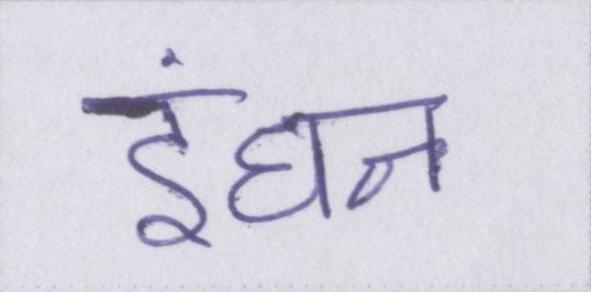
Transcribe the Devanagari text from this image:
इंधन